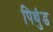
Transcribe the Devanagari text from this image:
पिथुंड